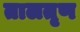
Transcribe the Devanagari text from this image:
तालतृण